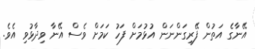
އޭނާގެ އަތުން ފޭރިގަންނަން އުޅުމަށް ފަހު ކަމަށް ވެސް އޭނާ ވިދާޅުވި އެވެ.